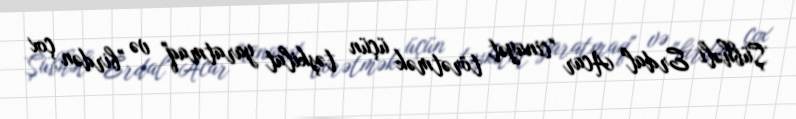
Şübhəli Erdal Acar "cinayət törətmək üçün təşkilat yaratmaq" və "birdən çox